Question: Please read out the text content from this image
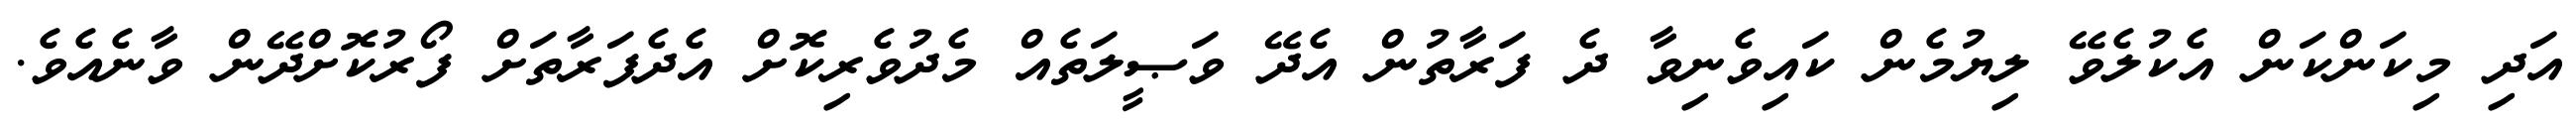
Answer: އަދި މިކަންކަން އެކުލެވޭ ލިޔުމެން ކައިވެނިވާ ދެ ފަރާތުން އެދޭ ވަޞީލަތެއް މެދުވެރިކޮށް އެދެފަރާތަށް ފޯރުކޮށްދޭން ވާނެއެވެ.